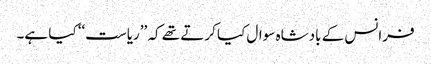
فرانس کے بادشاہ سوال کیا کرتے تھے کہ ’’ریاست‘‘ کیا ہے۔